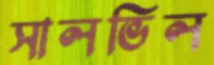
সালভিল